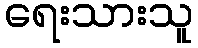
ရေးသားသူ